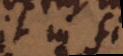
et in lm